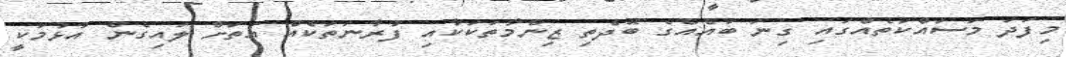
މިފަދަ މަސައްކަތެއްގައި ގިނަ ބައެއްގެ ބޮދެތި ޒިންމާތަކަކާއި ފުރާނަތަކެއް އަތަށް ލައިގެން އުޅުމަކީ